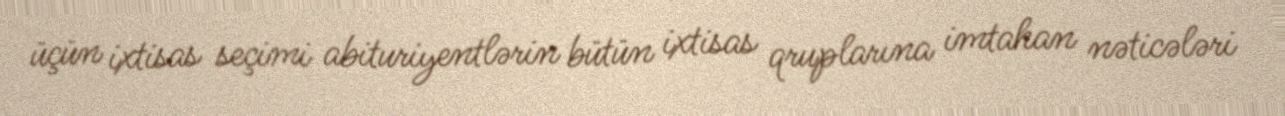
üçün ixtisas seçimi abituriyentlərin bütün ixtisas qruplarına imtahan nəticələri